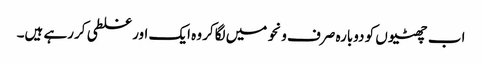
اب چھٹیوں کو دوبارہ صرف ونحو میں لگاکر وہ ایک اور غلطی کررہے ہیں۔